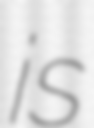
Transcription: is